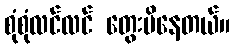
စုံစုံလင်လင် တွေးမိနေတယ်။